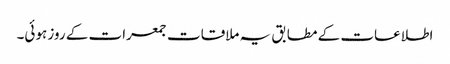
اطلاعات کے مطابق یہ ملاقات جمعرات کے روز ہوئی۔